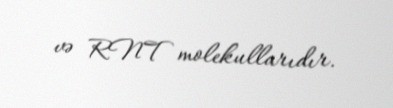
və RNT molekullarıdır.